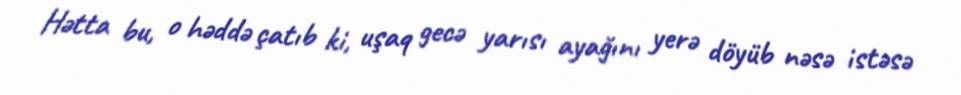
Hətta bu, o həddə çatıb ki, uşaq gecə yarısı ayağını yerə döyüb nəsə istəsə